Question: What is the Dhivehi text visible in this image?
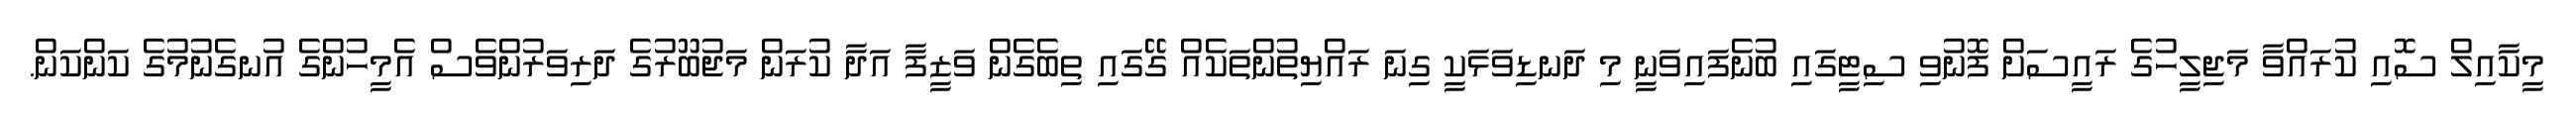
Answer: މީކާއިލް ސޮއި ކުރައްވާ މަޖިލީހުގެ ރައީސަށް ފޮނުވި ސިޓީގައި ބުނެފައިވަނީ މި ދަނޑިވަޅަކީ ގިނަ ރައްޔިތުންތަކެއް ގޭގައި ތިބެގެން ވަޒީފާ އަދާ ކުރަން މަޖުބޫރުގެ ދަރިވަރުންވެސް އެމީހުންގެ އުނގެނުމުގެ ކަންކަން.